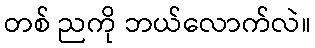
တစ် ညကို ဘယ်လောက်လဲ။